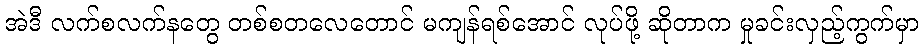
အဲဒီ လက်စလက်နတွေ တစ်စတလေတောင် မကျန်ရစ်အောင် လုပ်ဖို့ ဆိုတာက မှုခင်းလှည့်ကွက်မှာ